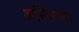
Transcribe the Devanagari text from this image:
अस्मिताचा